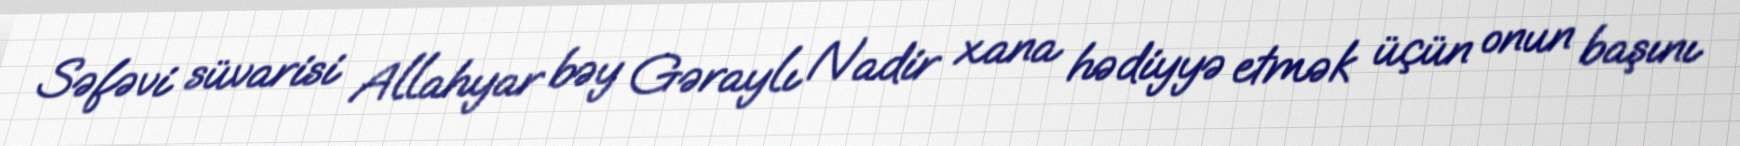
Səfəvi süvarisi Allahyar bəy Gəraylı Nadir xana hədiyyə etmək üçün onun başını